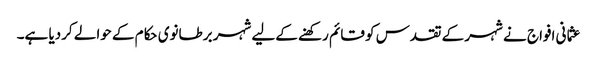
عثما نی افواج نے شہر کے تقدس کو قائم رکھنے کےلیے شہر برطانوی حکام کے حوالے کردیا ہے۔